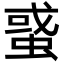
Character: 𧌒